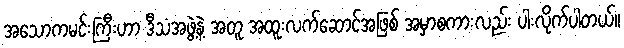
အသောကမင်းကြီးဟာ ဒီသံအဖွဲ့နဲ့ အတူ အထူးလက်ဆောင်အဖြစ် အမှာစကားလည်း ပါးလိုက်ပါတယ်။